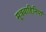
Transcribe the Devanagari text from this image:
मूत्रवाहिनियां